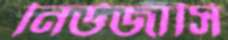
নিউজার্সি